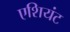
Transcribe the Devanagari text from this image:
एशियंट